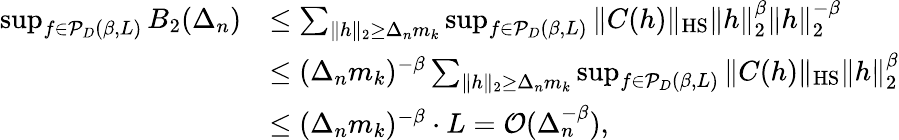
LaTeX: \begin{array}{rl}{\operatorname*{sup}_{f\in{\cal P}_{D}(\beta,L)}B_{2}(\Delta_{n})}&{\le\sum_{\| h\| _{2}\ge\Delta_{n}m_{k}}\operatorname*{sup}_{f\in{\cal P}_{D}(\beta,L)}\| C(h)\| _{\mathrm{HS}}\| h\| _{2}^{\beta}\| h\| _{2}^{-\beta}}\\ &{\le(\Delta_{n}m_{k})^{-\beta}\sum_{\| h\| _{2}\ge\Delta_{n}m_{k}}\operatorname*{sup}_{f\in{\cal P}_{D}(\beta,L)}\| C(h)\| _{\mathrm{HS}}\| h\| _{2}^{\beta}}\\ &{\le(\Delta_{n}m_{k})^{-\beta}\cdot L={\cal O}(\Delta_{n}^{-\beta}),}\end{array}